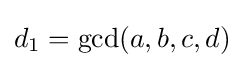
d_{1}=\gcd(a,b,c,d)